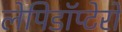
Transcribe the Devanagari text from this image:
लेपिडॉप्टेरों